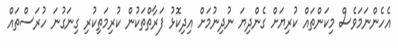
އެހެންނަމަވެސް މިކަންތައް ކުރިޔަށް ގެންދިޔަ ނުދިނުމަށް އިދިކޮޅު ފަރާތްތަކުން ކުރިމަތިކުރި ގިނަގުނަ ހުރަސްތައް